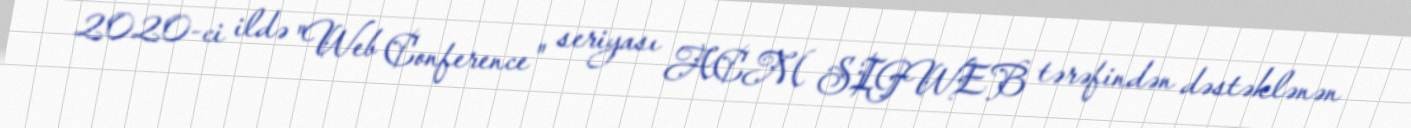
2020-ci ildə "Web Conference" seriyası ACM SIGWEB tərəfindən dəstəklənən